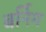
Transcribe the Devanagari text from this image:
बर्निग